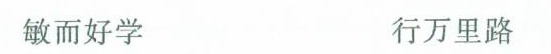
敏而好学 行万里路